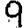
Digit: 9